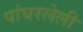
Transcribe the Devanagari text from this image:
पांघरलेली